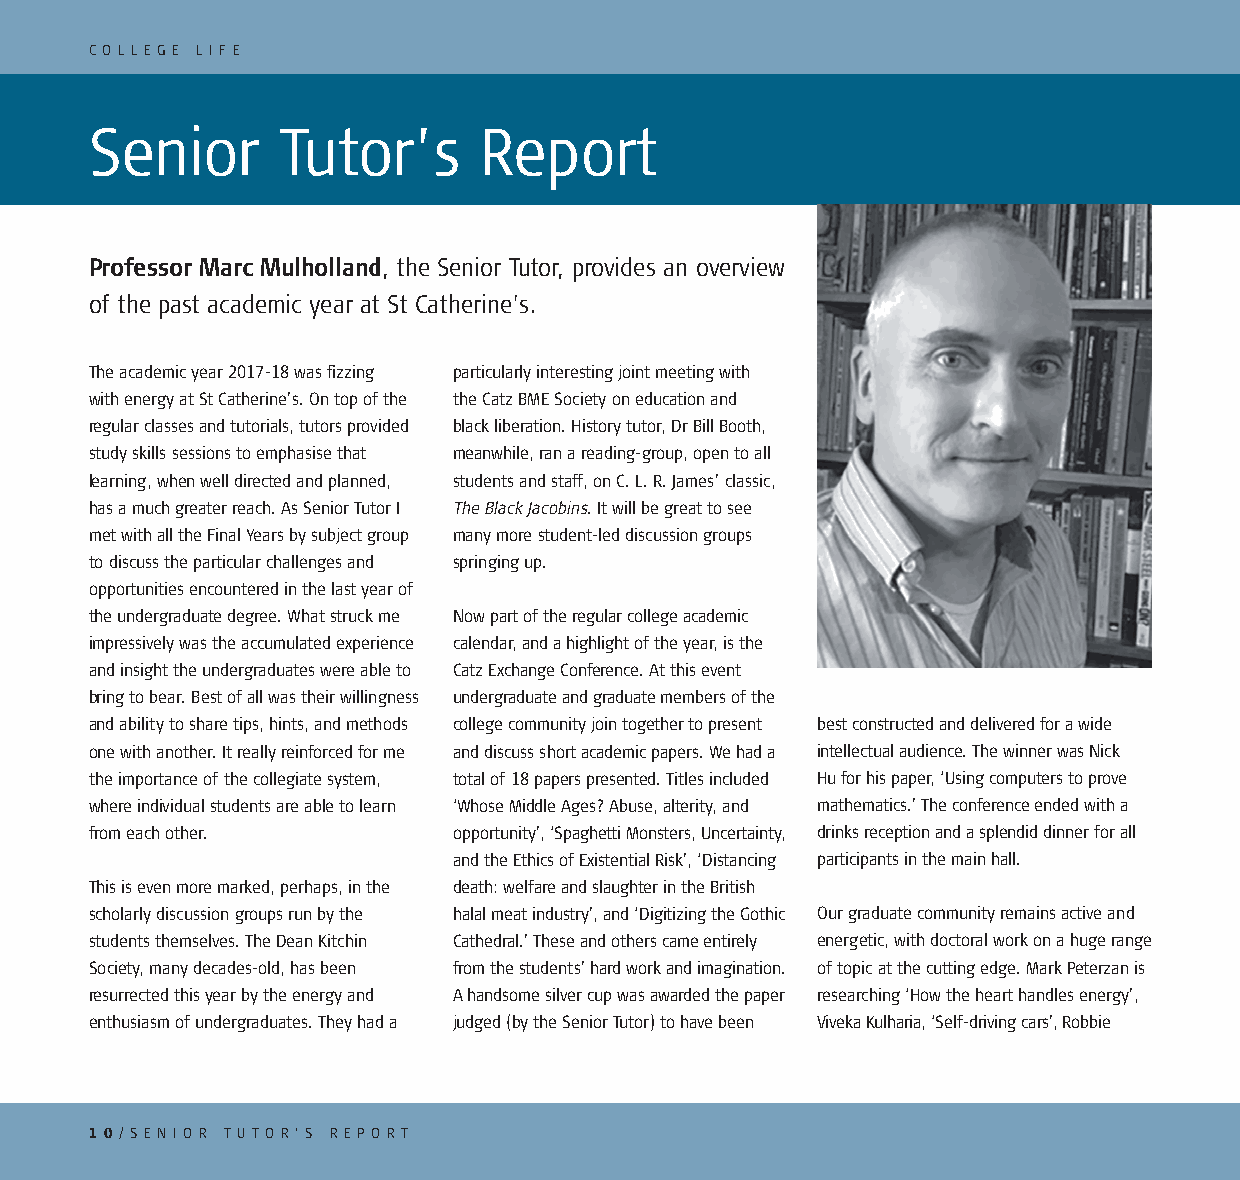
C O L L E G E L I F E
 Senior      Tutor’s       Report
 Professor Marc Mulholland, the Senior Tutor, provides an overview
 of the past academic year at St Catherine’s.
 The academic year 2017-18 was fizzing particularly interesting joint meeting with
 with energy at St Catherine’s. On top of the the Catz BME Society on education and
 regular classes and tutorials, tutors provided black liberation. History tutor, Dr Bill Booth,
 study skills sessions to emphasise that meanwhile, ran a reading-group, open to all
 learning, when well directed and planned, students and staff, on C. L. R. James’ classic,
 has a much greater reach. As Senior Tutor I The Black Jacobins. It will be great to see
 met with all the Final Years by subject group many more student-led discussion groups
 to discuss the particular challenges and springing up.
 opportunities encountered in the last year of
 the undergraduate degree. What struck me Now part of the regular college academic
 impressively was the accumulated experience calendar, and a highlight of the year, is the
 and insight the undergraduates were able to Catz Exchange Conference. At this event
 bring to bear. Best of all was their willingness undergraduate and graduate members of the
 and ability to share tips, hints, and methods college community join together to present best constructed and delivered for a wide
 one with another. It really reinforced for me and discuss short academic papers. We had a intellectual audience. The winner was Nick
 the importance of the collegiate system, total of 18 papers presented. Titles included Hu for his paper, ‘Using computers to prove
 where individual students are able to learn ‘Whose Middle Ages? Abuse, alterity, and mathematics.’ The conference ended with a
 from each other.        opportunity’, ‘Spaghetti Monsters, Uncertainty, drinks reception and a splendid dinner for all
 and the Ethics of Existential Risk’, ‘Distancing participants in the main hall.
 This is even more marked, perhaps, in the death: welfare and slaughter in the British
 scholarly discussion groups run by the halal meat industry’, and ‘Digitizing the Gothic Our graduate community remains active and
 students themselves. The Dean Kitchin Cathedral.’ These and others came entirely energetic, with doctoral work on a huge range
 Society, many decades-old, has been from the students’ hard work and imagination. of topic at the cutting edge. Mark Peterzan is
 resurrected this year by the energy and A handsome silver cup was awarded the paper researching ‘How the heart handles energy’,
 enthusiasm of undergraduates. They had a judged (by the Senior Tutor) to have been Viveka Kulharia, ‘Self-driving cars’, Robbie
 1 0/ S E N I O R T U TO R ’ S R E P O RT